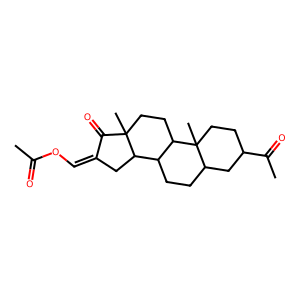
SMILES: CC(=O)OC=C1CC2C3CCC4CC(C(C)=O)CCC4(C)C3CCC2(C)C1=O
Inhibits HIV replication: No